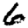
Digit: 6